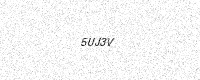
Text: 5UJ3V